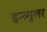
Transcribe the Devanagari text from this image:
इन्त्र्मुलर